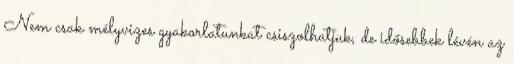
Nem csak mélyvizes gyakorlatunkat csiszolhatjuk, de idősebbek lévén az